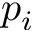
p _ { i }